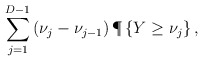
\begin{align*}\sum_{j=1}^{D-1}\left( \nu_{j} - \nu_{j-1} \right) \P\left\{ Y \geq \nu_j\right\},\end{align*}